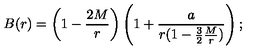
B ( r ) = \left( 1 - { \frac { 2 M } { r } } \right) \left( 1 + { \frac { a } { r ( 1 - { \frac { 3 } { 2 } } { \frac { M } { r } } ) } } \right) ;